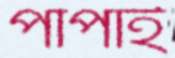
পাপাই